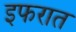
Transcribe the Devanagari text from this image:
इफरात